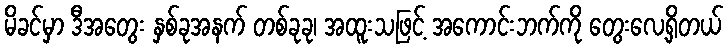
မိခင်မှာ ဒီအတွေး နှစ်ခုအနက် တစ်ခုခု၊ အထူးသဖြင့် အကောင်းဘက်ကို တွေးလေ့ရှိတယ်